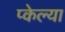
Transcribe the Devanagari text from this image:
प्केल्या